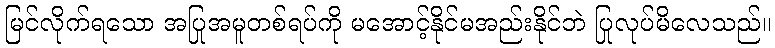
မြင်လိုက်ရသော အပြုအမူတစ်ရပ်ကို မအောင့်နိုင်မအည်းနိုင်ဘဲ ပြုလုပ်မိလေသည်။